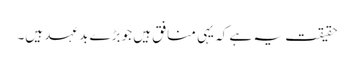
حقیقت یہ ہے کہ یہی منافق ہیں جو بڑے بد عہد ہیں۔